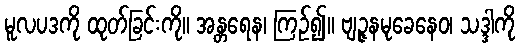
မူလပဒကို ထုတ်ခြင်းကို။ အန္တရေန၊ ကြဉ်၍။ ဗျဉ္ဇနမုခေနေဝ၊ သဒ္ဒါကို